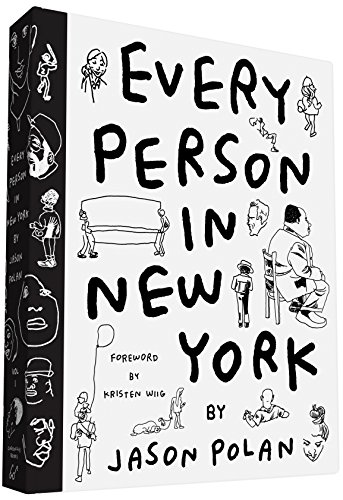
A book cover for Every Person in New York; Jason Polan; Arts & Photography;